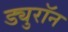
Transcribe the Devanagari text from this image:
ड्युरॉन